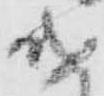
遣